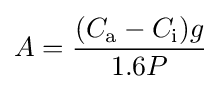
A={\frac {(C_{\text{a}}-C_{\text{i}})g}{1.6P}}